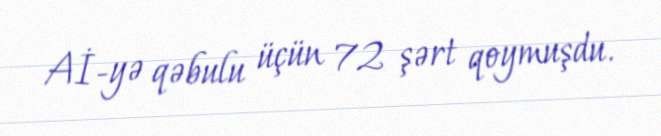
Aİ-yə qəbulu üçün 72 şərt qoymuşdu.